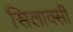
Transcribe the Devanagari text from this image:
सिलाक्सी